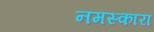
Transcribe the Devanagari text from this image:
नमस्कारा